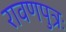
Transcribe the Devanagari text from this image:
रावणपुत्रः